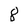
Character: 8